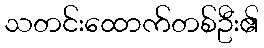
သတင်းထောက်တစ်ဦး၏